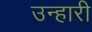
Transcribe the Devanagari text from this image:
उन्हारी